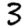
Digit: 3